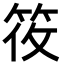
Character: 𬔼